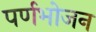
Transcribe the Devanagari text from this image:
पर्णभोजन